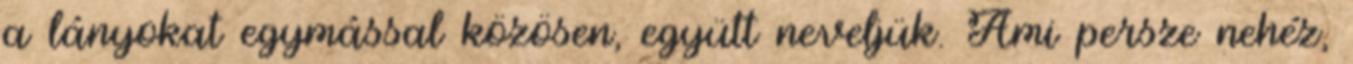
a lányokat egymással közösen, együtt neveljük. Ami persze nehéz,